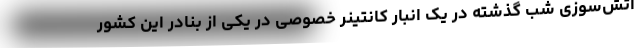
آتش‌سوزیِ شب گذشته در یک انبار کانتینر خصوصی در یکی از بنادر این کشور